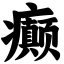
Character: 癫